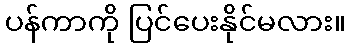
ပန်ကာကို ပြင်ပေးနိုင်မလား။